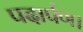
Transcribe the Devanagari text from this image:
पदार्पण।